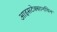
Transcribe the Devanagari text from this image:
आइसटेक्सानथिन